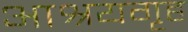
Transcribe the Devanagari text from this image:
आश्रयगृह